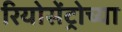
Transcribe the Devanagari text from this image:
रियोसेंट्रोच्या